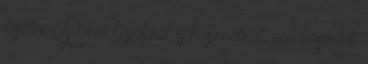
kisütve . A kínai kajáknál is használnak vmi hasonlót.